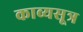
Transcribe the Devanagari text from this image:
काव्यसूत्र